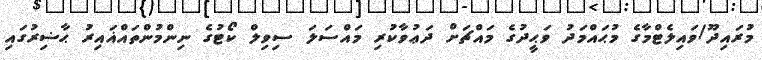
މުރައިދޫ/ވައިލެޓްމާގެ މުޙައްމަދު ވަޙީދުގެ މައްޗަށް ދަޢުވާކުރި މައްސަލަ ސިވިލް ކޯޓުގެ ނިންމުންތައްޣައިރު ޙާޟިރުގައި